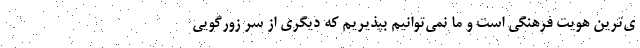
ي‌ترين هويت فرهنگي است و ما نمي‌توانيم بپذيريم كه ديگري از سر زورگويي